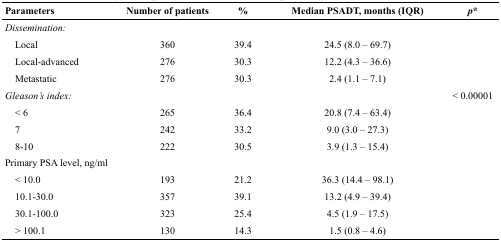
<table><thead><tr><td><b>Parameters</b></td><td><b>Number of patients</b></td><td><b>%</b></td><td><b>Median PSADT, months (IQR)</b></td><td><b><i>p</i>*</b></td></tr></thead><tbody><tr><td><i>Dissemination</i>:</td><td></td><td></td><td></td><td></td></tr><tr><td> Local</td><td>360</td><td>39.4</td><td>24.5 (8.0 – 69.7)</td><td></td></tr><tr><td> Local-advanced</td><td>276</td><td>30.3</td><td>12.2 (4.3 – 36.6)</td><td></td></tr><tr><td> Metastatic</td><td>276</td><td>30.3</td><td>2.4 (1.1 – 7.1)</td><td></td></tr><tr><td><i>Gleason&#x27;s index</i>:</td><td></td><td></td><td></td><td>&lt; 0.00001</td></tr><tr><td> &lt; 6</td><td>265</td><td>36.4</td><td>20.8 (7.4 – 63.4)</td><td></td></tr><tr><td> 7</td><td>242</td><td>33.2</td><td>9.0 (3.0 – 27.3)</td><td></td></tr><tr><td> 8-10</td><td>222</td><td>30.5</td><td>3.9 (1.3 – 15.4)</td><td></td></tr><tr><td>Primary PSA level, ng/ml</td><td></td><td></td><td></td><td></td></tr><tr><td> &lt; 10.0</td><td>193</td><td>21.2</td><td>36.3 (14.4 – 98.1)</td><td></td></tr><tr><td> 10.1-30.0</td><td>357</td><td>39.1</td><td>13.2 (4.9 – 39.4)</td><td></td></tr><tr><td> 30.1-100.0</td><td>323</td><td>25.4</td><td>4.5 (1.9 – 17.5)</td><td></td></tr><tr><td> &gt; 100.1</td><td>130</td><td>14.3</td><td>1.5 (0.8 – 4.6)</td><td></td></tr></tbody></table>